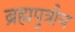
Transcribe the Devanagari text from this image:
ब्रह्मपुत्रीय